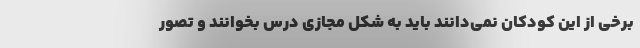
برخی از این کودکان نمی‌دانند باید به شکل مجازی درس بخوانند و تصور